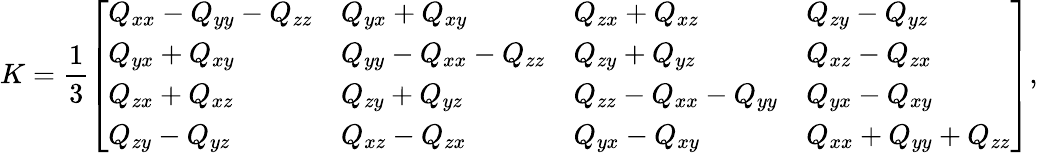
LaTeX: K={\frac{1}{3}}{\left[\begin{array}{llll}{Q_{xx}-Q_{yy}-Q_{zz}}&{Q_{yx}+Q_{xy}}&{Q_{zx}+Q_{xz}}&{Q_{zy}-Q_{yz}}\\ {Q_{yx}+Q_{xy}}&{Q_{yy}-Q_{xx}-Q_{zz}}&{Q_{zy}+Q_{yz}}&{Q_{xz}-Q_{zx}}\\ {Q_{zx}+Q_{xz}}&{Q_{zy}+Q_{yz}}&{Q_{zz}-Q_{xx}-Q_{yy}}&{Q_{yx}-Q_{xy}}\\ {Q_{zy}-Q_{yz}}&{Q_{xz}-Q_{zx}}&{Q_{yx}-Q_{xy}}&{Q_{xx}+Q_{yy}+Q_{zz}}\end{array}\right]},